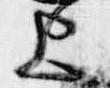
上